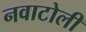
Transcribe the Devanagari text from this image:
नवाटोली